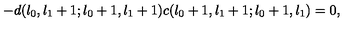
- d ( l _ { 0 } , l _ { 1 } + 1 ; l _ { 0 } + 1 , l _ { 1 } + 1 ) c ( l _ { 0 } + 1 , l _ { 1 } + 1 ; l _ { 0 } + 1 , l _ { 1 } ) = 0 ,